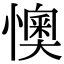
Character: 懊